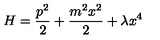
H = \frac { p ^ { 2 } } { 2 } + \frac { m ^ { 2 } x ^ { 2 } } { 2 } + \lambda x ^ { 4 }